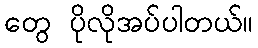
တွေ ပိုလိုအပ်ပါတယ်။